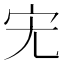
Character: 𮱞